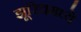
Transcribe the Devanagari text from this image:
झूरिचमध्ये